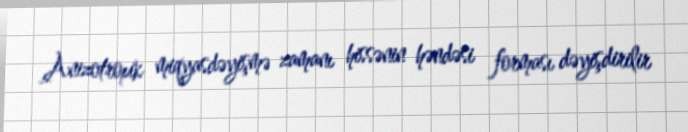
Anizotropik miqyasdəyişmə zamanı hissənin həndəsi forması dəyişdirilir